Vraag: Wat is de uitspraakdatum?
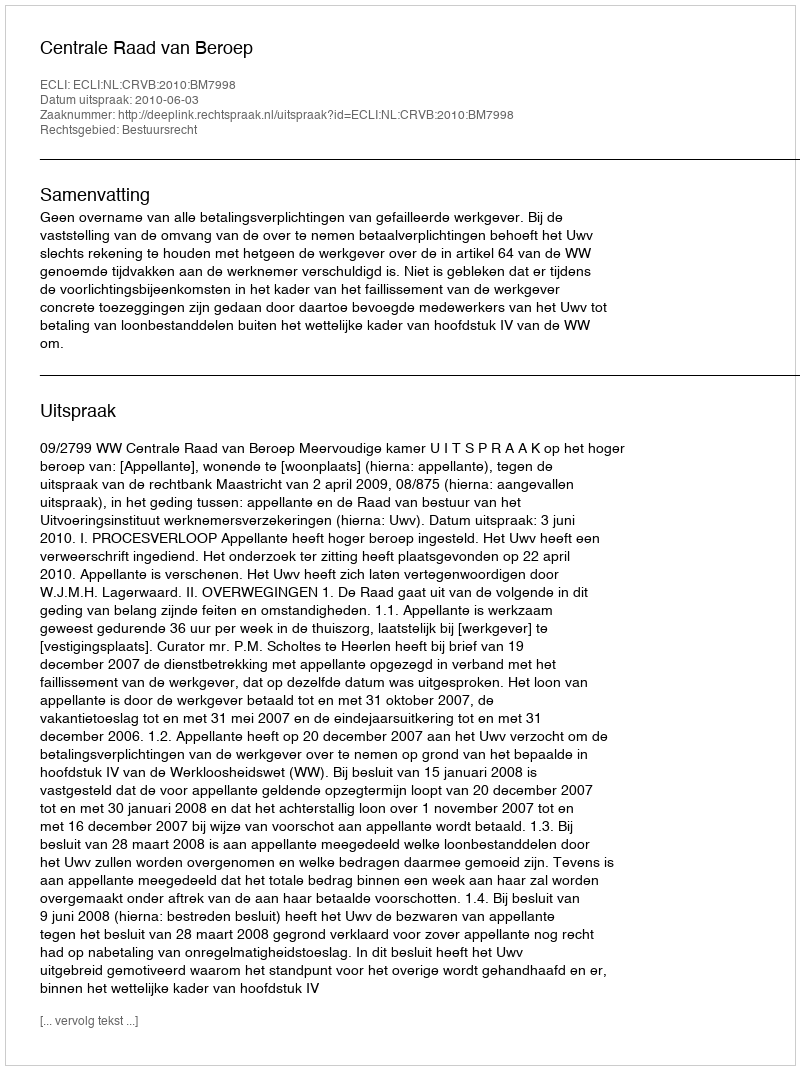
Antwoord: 2010-06-03